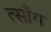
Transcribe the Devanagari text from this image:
त्साँग